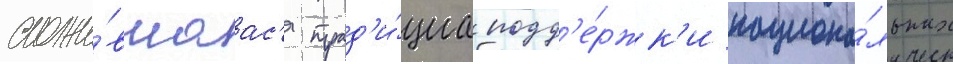
сложи́вшаас'я трад'и́циа подд'е́ржк'и национа́льных